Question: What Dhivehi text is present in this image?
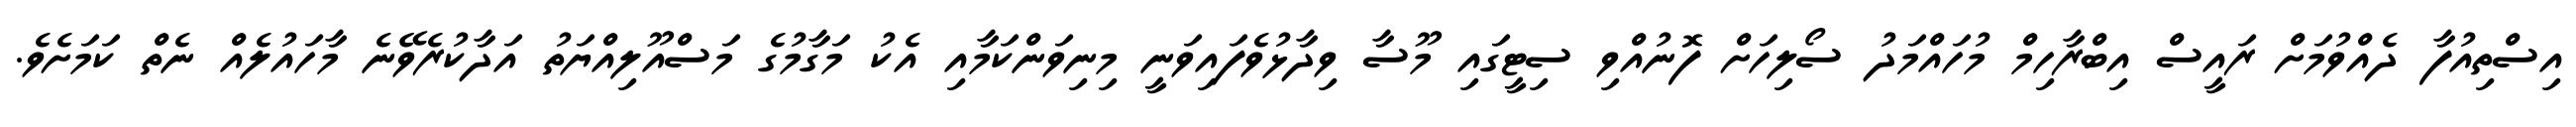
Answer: އިސްތިއުފާ ދެއްވުމަށް ރައީސް އިބްރާހިމް މުހައްމަދު ސޯލިހަށް ފޮނުއްވި ސިޓީގައި މޫސާ ވިދާޅުވެފައިވަނީ މިނިވަންކަމާއި އެކު މަގާމުގެ މަސްއޫލިއްޔަތު އަދާކުރެވޭނެ މާހައުލެއް ނެތް ކަމަށެވެ.